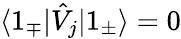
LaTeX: \langle 1_{\mp}|\hat{V}_{j}|1_{\pm}\rangle=0